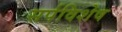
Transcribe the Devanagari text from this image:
सर्पविशेष